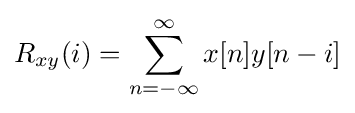
R_{xy}(i)=\sum _{n=-\infty }^{\infty }x[n]y[n-i]